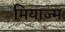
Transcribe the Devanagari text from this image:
मियाज्म